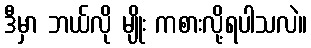
ဒီမှာ ဘယ်လို မျိုး ကစားလို့ရပါသလဲ။